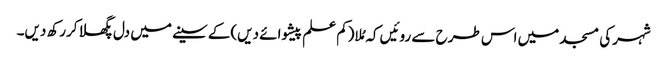
شہرکی مسجد میں اس طرح سے روئیں کہ مُلا(کم علم پیشوائے دیں)کے سینے میں دل پگھلا کررکھ دیں۔